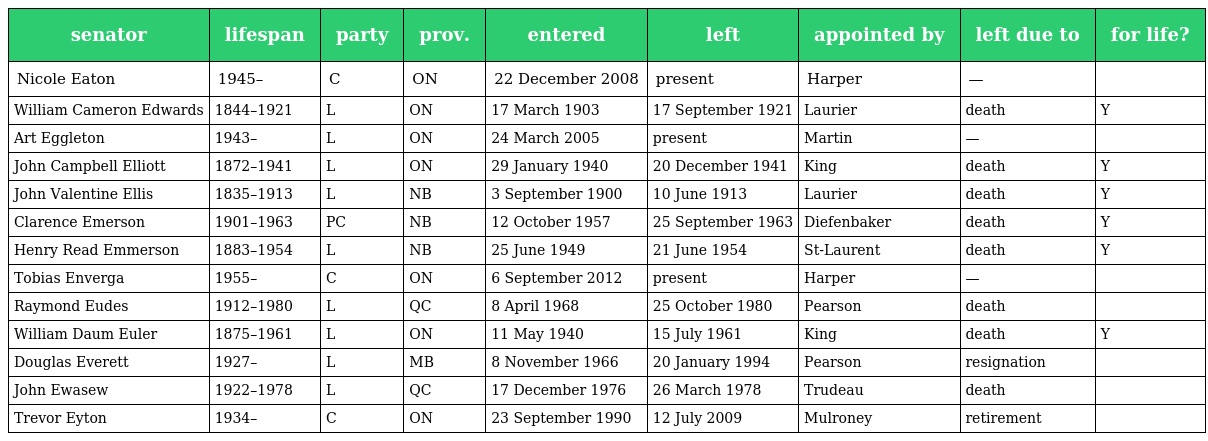
| senator | lifespan | party | prov. | entered | left | appointed by | left due to | for life? |
 | --- | --- | --- | --- | --- | --- | --- | --- | --- |
 | Nicole Eaton | 1945– | C | ON | 22 December 2008 | present | Harper | — |  |
 | William Cameron Edwards | 1844–1921 | L | ON | 17 March 1903 | 17 September 1921 | Laurier | death | Y |
 | Art Eggleton | 1943– | L | ON | 24 March 2005 | present | Martin | — |  |
 | John Campbell Elliott | 1872–1941 | L | ON | 29 January 1940 | 20 December 1941 | King | death | Y |
 | John Valentine Ellis | 1835–1913 | L | NB | 3 September 1900 | 10 June 1913 | Laurier | death | Y |
 | Clarence Emerson | 1901–1963 | PC | NB | 12 October 1957 | 25 September 1963 | Diefenbaker | death | Y |
 | Henry Read Emmerson | 1883–1954 | L | NB | 25 June 1949 | 21 June 1954 | St-Laurent | death | Y |
 | Tobias Enverga | 1955– | C | ON | 6 September 2012 | present | Harper | — |  |
 | Raymond Eudes | 1912–1980 | L | QC | 8 April 1968 | 25 October 1980 | Pearson | death |  |
 | William Daum Euler | 1875–1961 | L | ON | 11 May 1940 | 15 July 1961 | King | death | Y |
 | Douglas Everett | 1927– | L | MB | 8 November 1966 | 20 January 1994 | Pearson | resignation |  |
 | John Ewasew | 1922–1978 | L | QC | 17 December 1976 | 26 March 1978 | Trudeau | death |  |
 | Trevor Eyton | 1934– | C | ON | 23 September 1990 | 12 July 2009 | Mulroney | retirement |  |